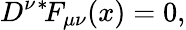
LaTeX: D^{\nu}{}^{*}\! F_{\mu\nu}(x)=0,